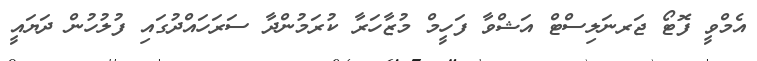
އެމްވީ ފޮޓޯ ޖަރނަލިސްޓް އަޝްވާ ފަހީމް މުޒާހަރާ ކުރަމުންދާ ސަރަހައްދުގައި ފުލުހުން ދަޔައީ